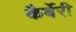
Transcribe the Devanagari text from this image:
कैर्बेरी